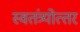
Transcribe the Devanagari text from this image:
स्वतंत्र्योत्‍तर